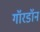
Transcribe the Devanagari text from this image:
गॉरडॉन